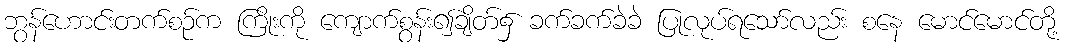
ဘွန်ဟောင်းတက်စဉ်က ကြိုးကို ကျောက်စွန်း၍ချိတ်၌ ခက်ခက်ခဲခဲ ပြုလုပ်ရသော်လည်း စနေ မောင်မောင်တို့